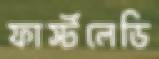
ফার্স্টলেডি